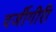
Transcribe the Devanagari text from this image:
दर्जीगीरी